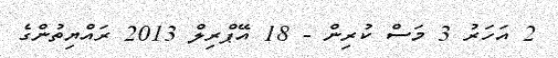
2 އަހަރު 3 މަސް ކުރިން - 18 އޭޕްރިލް 2013 ރައްޔިތުންގެ